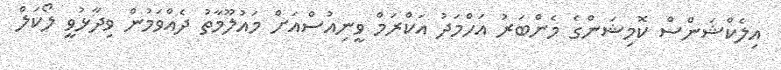
އިލެކްޝަންސް ކޮމިޝަންގެ މެންބަރު އަހްމަދު އަކްރަމް ވީނިއުސްއަށް މައުލޫމާތު ދެއްވަމުން ވިދާޅުވީ ލޯކަލް